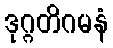
ဒုဂ္ဂတိဂမနံ